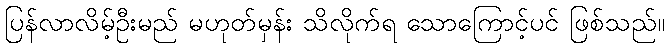
ပြန်လာလိမ့်ဦးမည် မဟုတ်မှန်း သိလိုက်ရ သောကြောင့်ပင် ဖြစ်သည်။